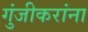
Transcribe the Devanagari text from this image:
गुंजीकरांना